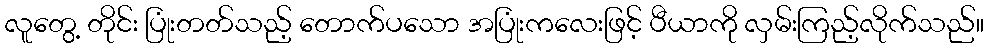
လူတွေ့ တိုင်း ပြုံးတတ်သည့် တောက်ပသော အပြုံးကလေးဖြင့် ပီယာကို လှမ်းကြည့်လိုက်သည်။